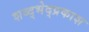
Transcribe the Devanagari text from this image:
शब्द्भेद्प्रकाश